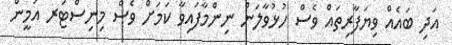
އަދި ބައެއް ވިޔަފާރިތައް ވެސް ހުޅުވާލަން ނިންމާފައިވާ ކަމަށް ވެސް މިނިސްޓަރ އަމީން